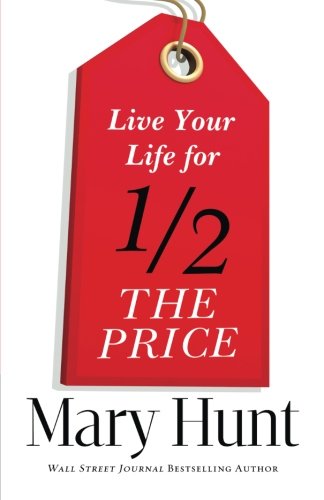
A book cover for Live Your Life for Half the Price; Mary Hunt; Business & Money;